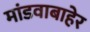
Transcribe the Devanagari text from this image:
मांडवाबाहेर